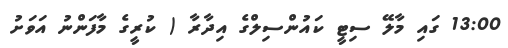
13:00 ގައި މާލޭ ސިޓީ ކައުންސިލްގެ އިދާރާ ( ކުރީގެ މާފަންނު އަވަށު